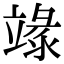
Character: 𥪬